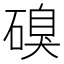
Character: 𮀹